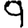
Digit: 9